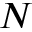
N